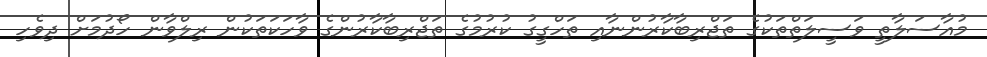
މުއާސަލާތީ ވަސީލަތްތަކުގެ ތަޖްރިބާކާރުންނާއި ތަހްގީގު ކުރުމުގެ ތަޖްރިބާކާރުންގެ ވާހަކަތަކުން ރިލްވާން ހޯދުމަށް ދިވެހި